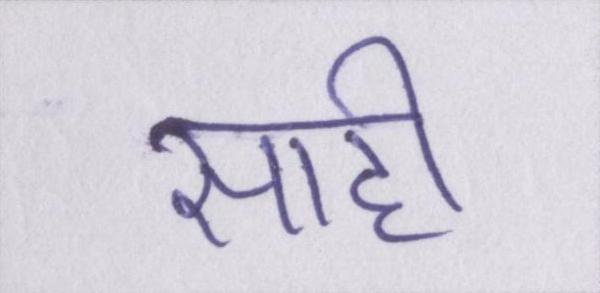
साही